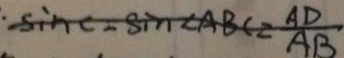
- \sin C = \sin \angle A B C = \frac { A D } { A B }